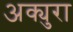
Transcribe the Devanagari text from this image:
अक्युरा